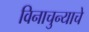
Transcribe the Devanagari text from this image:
विनाचुन्याचे